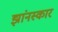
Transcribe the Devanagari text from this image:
झांनस्कार